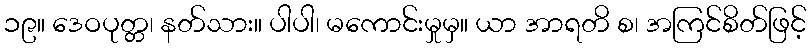
၁၉။ ဒေဝပုတ္တ၊ နတ်သား။ ပါပါ၊ မကောင်းမှုမှ။ ယာ အာရတိ စ၊ အကြင်စိတ်ဖြင့်